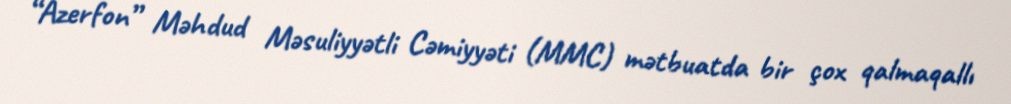
“Azerfon” Məhdud Məsuliyyətli Cəmiyyəti (MMC) mətbuatda bir çox qalmaqallı